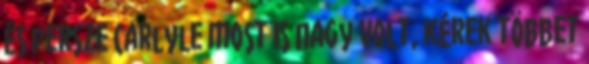
És persze Carlyle most is nagy volt, kérek többet